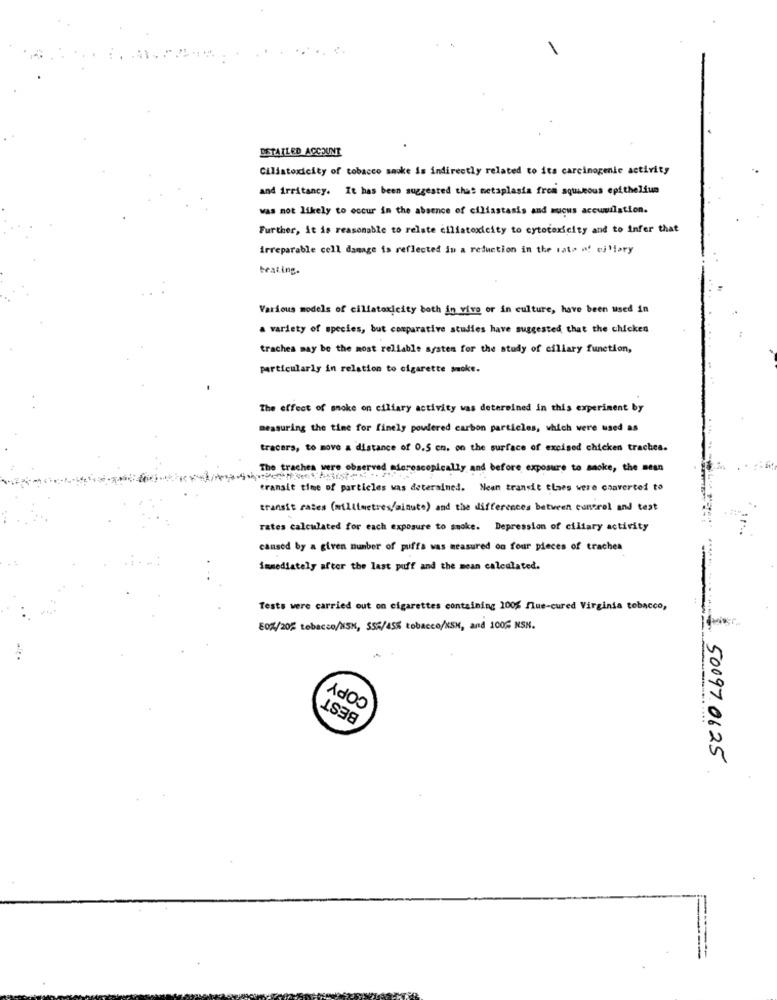
DETAILED ACCOUNT
Ciliatoxicity of tobacco sauke is indirectly related to its carcinogenic activity
and irritancy. It has been suggested that metaplasia from squamous epithelium
was not likely to occur in the absence of ciliastasis and mucus accumulation.
Further, it is reasonable to relate ciliatoxicity to cytotoxicity and to infer that
irreparable cell damage is reflected in a reduction in the rate of eiMary
beating.
Various models of ciliatoxicity both in vivo or in culture, have been used in
a variety of species, but comparative studies have suggested that the chicken
trachea may be the most reliable system for the study of ciliary function,
particularly in relation to cigarette smoke.
The effect of smoke on ciliary activity was determined in this experiment by
measuring the time for finely powdered carbon particles, which were used as
tracers, to move a distance of 0.5 cn. on the surface of excised chicken trachea.
The trachea were observed Microscopically and before exposure to smoke, the mean
transit time of particles was determined. Nean transit tlaes were converted to
transit rates (millimetres/minute) and the differences between cunerol and test
rates calculated for each exposure to smoke. Depression of ciliary activity
caused by a given number of puffa was measured on four pieces of trachea
immediately after the last puff and the mean calculated.
Tests were carried out on cigarettes containing 100% flue-cured Virginia tobacco,
80%/20% tobacco/MSN, 555/45% tobacco/KSM, and 100% KSH.
COPY
BEST
1 50097 0625